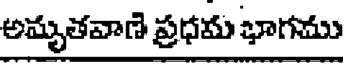
అమృతవాణి ప్రధమ భాగము